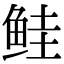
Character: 鲑